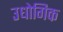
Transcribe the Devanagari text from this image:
उधोगिक